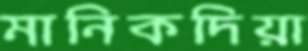
মানিকদিয়া